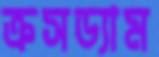
ক্রসড্যাম